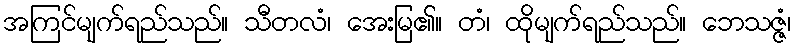
အကြင်မျက်ရည်သည်။ သီတလံ၊ အေးမြ၏။ တံ၊ ထိုမျက်ရည်သည်။ ဘေသဇ္ဇံ၊